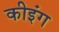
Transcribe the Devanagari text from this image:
कीइंग